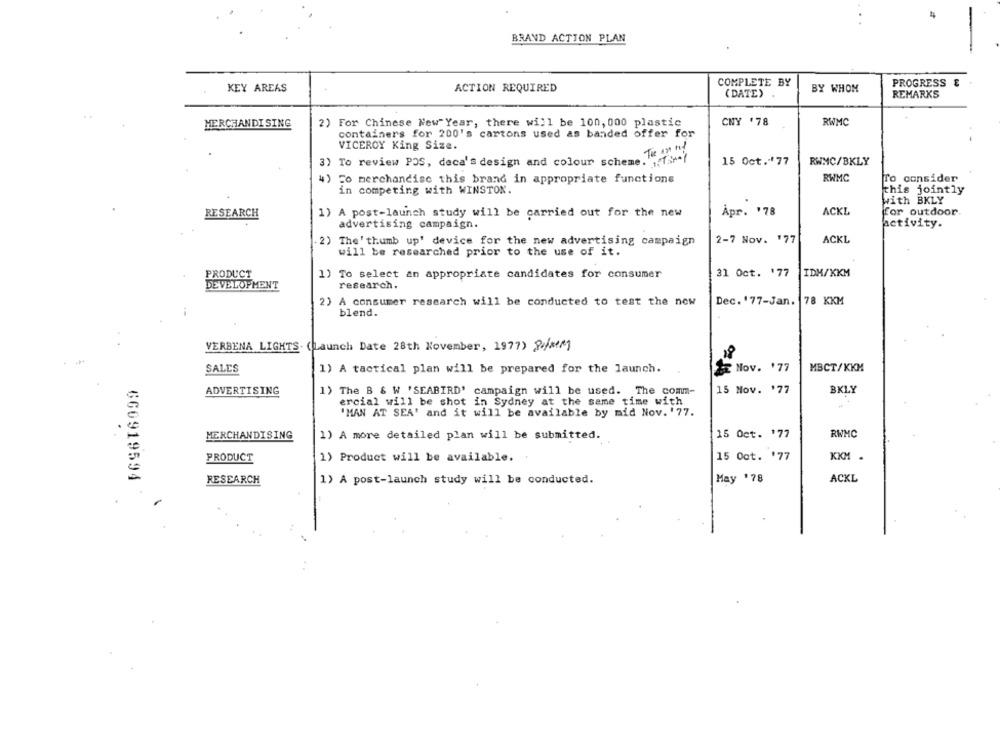
BRAND ACTION PLAN
COMPLETE BY
PROGRESS &
KEY AREAS
ACTION REQUIRED
BY WHOM
( DATE)
REMARKS
CNY '78
MERCHANDISING
2) For Chinese New" Year, there will be 100, 000 plastic
RWMC
containers for 200's cartons used as banded offer for
VICEROY King Size.
The un ny
3) To review POS, deca's design and colour scheme. ".f .: ++1
15 Oct .- 77
RWMC/BKLY
4) Fo merchandise this brand in appropriate functions
RWMC
To consider
in competing with WINSTON.
this jointly
with BKLY
ACKL
for outdoor
RESEARCH
1) A post-launch study will be carried out for the new
Åpr. '78
advertising campaign.
activity.
2) The' thumb up' device for the new advertising campaign
2-7 Nov. 177
ACKL
will be researched prior to the use of it.
PRODUCT
1) To select an appropriate candidates for consumer
31 Oct. '77
IDM/KKM
DEVELOPMENT
research.
2) A consumer research will be conducted to test the now
Dec.'77-Jan. 78 KKM
blend.
VERBENA LIGHTS (Launch Date 28th November, 1977) Palmer
SALES
Nov. '77
MBCT/KKM
1) A tactical plan will be prepared for the launch.
ADVERTISING
1) The B & W 'SEABIRD' campaign will be used. The comm-
15 Mov. '77
BKLY
ercial will be shot in Sydney at the same time with
"MAN AT SEA' and it will be available by mid Nov. '77.
MERCHANDISING
1) A more detailed plan will be submitted.
15 Oct. '77
RWMC
PRODUCT
15 Oct. '77
KKH .
1) Product will be available.
660919594
RESEARCH
1) A post-launch study will be conducted.
May '78
ACKL